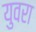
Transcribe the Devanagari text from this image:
युवरा